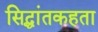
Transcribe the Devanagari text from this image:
सिद्धांतकहता